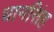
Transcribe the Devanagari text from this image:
धानसिंह